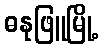
ဓနုဖြူမြို့